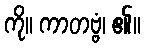
ကို။ ကာတဗ္ဗံ၊ ၏။